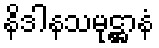
နိဒါနသမုဋ္ဌာနံ